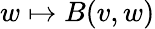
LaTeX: w\mapsto B(v,w)